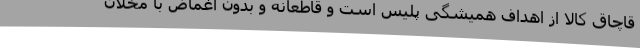
قاچاق کالا از اهداف همیشگی پلیس است و قاطعانه و بدون اغماض با مخلان